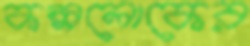
কল্পলোকের